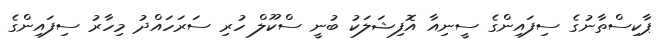
ޕާކިސްތާނުގެ ސިފައިންގެ ސީނިއާ އޮފިޝަލަކު ބުނީ ސްކޫލް ހުރި ސަރަހައްދު މިހާރު ސިފައިންގެ